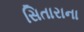
સિતારાના